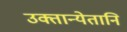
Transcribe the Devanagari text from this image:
उक्तान्येतानि